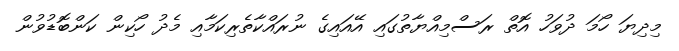
މިދިޔަ ހޯމަ ދުވަހު އޮތް ރަސްމިއްޔާތުގައި އޭއައިގެ ނުރައްކާތެރިކަމާއި މެދު ހޯކިން ކަންބޮޑުވުން